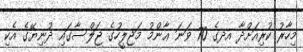
މިހާރު ކުރިއަށްދާ އދގެ 70 ވަނަ ޢާންމު މަޖިލީހުގެ ޖަލްސާގައި ދުނިޔޭގެ އެކި